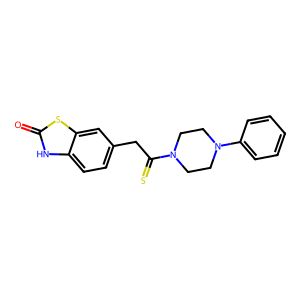
SMILES: O=c1[nH]c2ccc(CC(=S)N3CCN(c4ccccc4)CC3)cc2s1
Inhibits HIV replication: Yes